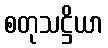
စတုသဋ္ဌိယာ